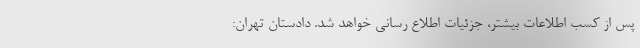
پس از کسب اطلاعات بیشتر، جزئیات اطلاع رسانی خواهد شد. دادستان تهران: